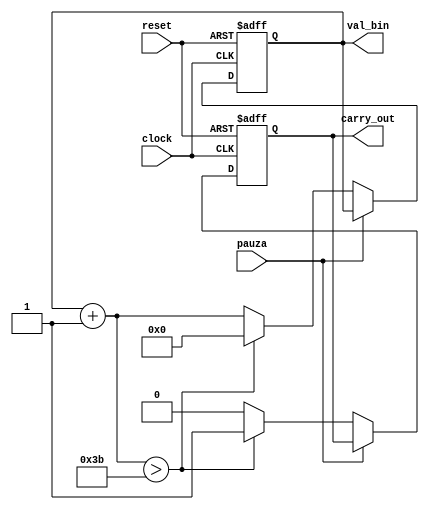
`timescale 1ns / 1ps
//////////////////////////////////////////////////////////////////////////////////
// Company: 
// Engineer: 
// 
// Design Name: 
// Module Name: numarator_59
// Project Name: 
// Target Devices: 
// Tool Versions: 
// Description: 
// 
// Dependencies: 
// 
// Revision:
// Revision 0.01 - File Created
// Additional Comments:
// 
//////////////////////////////////////////////////////////////////////////////////


module numarator_59(clock, pauza, reset, val_bin, carry_out );
input clock, reset, pauza;
output reg [5:0] val_bin;
output reg carry_out;

always@(posedge clock, posedge reset)
    begin 
        if(reset)
        begin
            val_bin = 0;
            carry_out = 0;
        end
    else 
        begin
            if(~pauza)
                begin 
                    val_bin = val_bin + 1;
                    carry_out = 0;
                    if(val_bin > 59)
                        begin
                            carry_out = 1;
                            val_bin = 0;
                        end
                end
        end
    end
endmodule